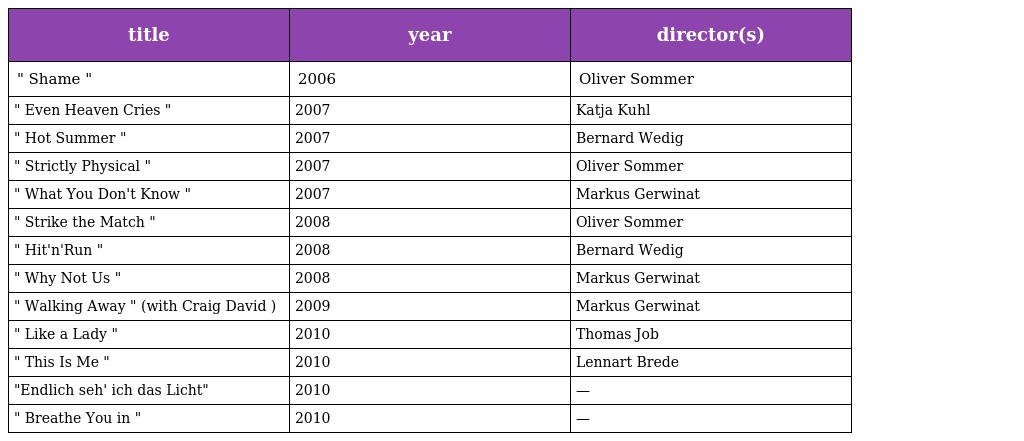
| title | year | director(s) |
 | --- | --- | --- |
 | " Shame " | 2006 | Oliver Sommer |
 | " Even Heaven Cries " | 2007 | Katja Kuhl |
 | " Hot Summer " | 2007 | Bernard Wedig |
 | " Strictly Physical " | 2007 | Oliver Sommer |
 | " What You Don't Know " | 2007 | Markus Gerwinat |
 | " Strike the Match " | 2008 | Oliver Sommer |
 | " Hit'n'Run " | 2008 | Bernard Wedig |
 | " Why Not Us " | 2008 | Markus Gerwinat |
 | " Walking Away " (with Craig David ) | 2009 | Markus Gerwinat |
 | " Like a Lady " | 2010 | Thomas Job |
 | " This Is Me " | 2010 | Lennart Brede |
 | "Endlich seh' ich das Licht" | 2010 | — |
 | " Breathe You in " | 2010 | — |